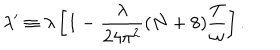
\lambda ^ { \prime } \equiv \lambda \left[ 1 - \frac { \lambda } { 2 4 \pi ^ { 2 } } ( N + 8 ) \frac { T } { \omega } \right] .